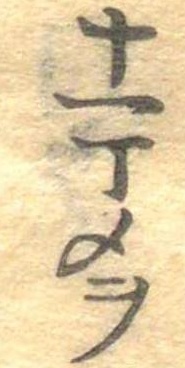
十一丁メヲ